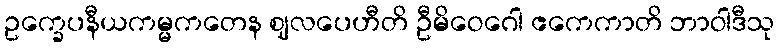
ဥက္ခေပနီယကမ္မကတေန ဈလပေဟီတိ ဦမိဝေဂေါ ဧကေကာတိ ဘာဝါဒီသု